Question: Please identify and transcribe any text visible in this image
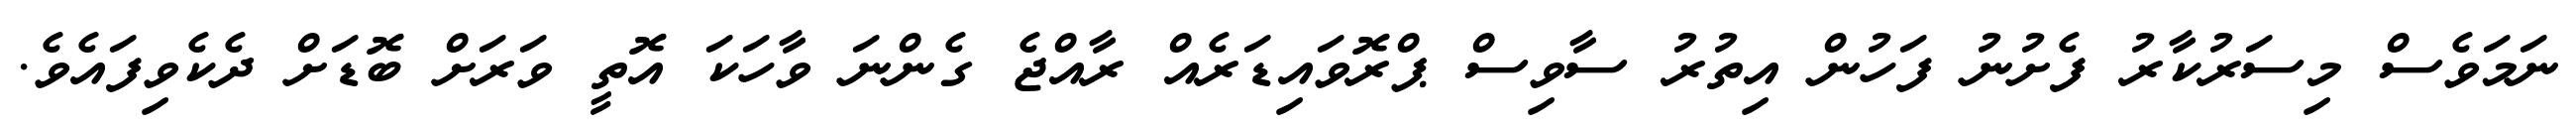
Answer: ނަމަވެސް މިސަރުކާރު ފެށުނު ފަހުން އިތުރު ސާވިސް ޕްރޮވައިޑަރެއް ރާއްޖެ ގެންނަ ވާހަކަ އޮތީ ވަރަށް ބޮޑަށް ދެކެވިފައެވެ.